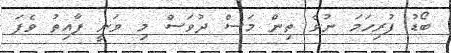
ބޯޑު ފުރިހަމަ ނުވެ ތިން މަސް ދުވަސް މި ވަނީ ފާއިތު ވެފަ